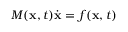
M ( \mathbf { x } , t ) \dot { \mathbf { x } } = f ( \mathbf { x } , t )